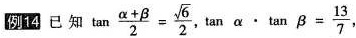
例14 已知$$\tan \frac { α + β } { 2 } = \frac { \sqrt { 6 } } { 2 }$$，$$\tan α \cdot \tan β = \frac { 1 3 } { 7 }$$，